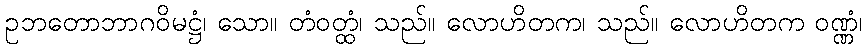
ဥဘတောဘာဂဝိမဋ္ဌံ၊ သော။ တံဝတ္ထံ၊ သည်။ လောဟိတက၊ သည်။ လောဟိတက ဝဏ္ဏံ၊